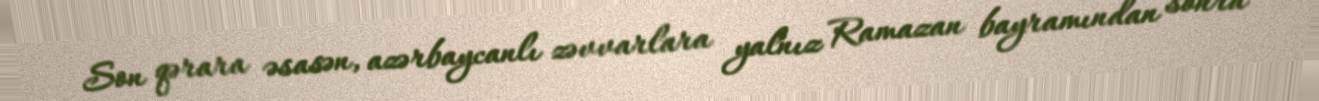
Son qərara əsasən, azərbaycanlı zəvvarlara yalnız Ramazan bayramından sonra